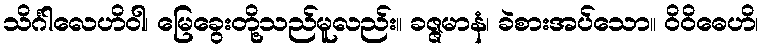
သိင်္ဂါလေဟိဝါ၊ မြေခွေးတို့သည်မူလည်း။ ခဇ္ဇမာနံ၊ ခဲစားအပ်သော။ ဝိဝိဓေဟိ၊